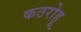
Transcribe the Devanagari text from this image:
कठरोहू